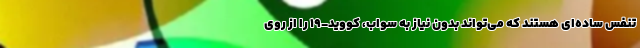
تنفس ساده‌ای هستند که می‌تواند بدون نیاز به سواب، کووید-۱۹ را از روی